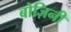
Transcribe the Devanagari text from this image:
बोज़िनी